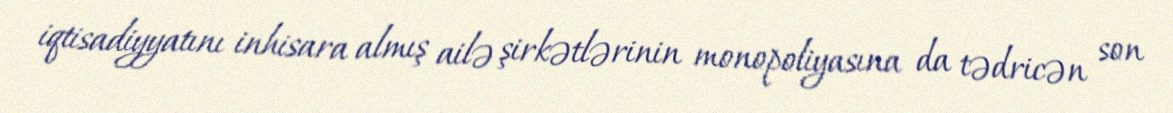
iqtisadiyyatını inhisara almış ailə şirkətlərinin monopoliyasına da tədricən son